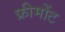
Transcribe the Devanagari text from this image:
फ्रीमोंट